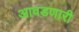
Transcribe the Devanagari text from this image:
आवडणारी